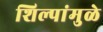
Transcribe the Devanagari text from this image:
शिल्पांमुळे